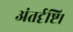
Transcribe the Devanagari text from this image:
अंतर्दृष्टि।